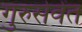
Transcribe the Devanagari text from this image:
गुरुसेवेंत